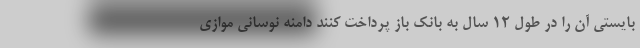
بایستی آن را در طول ۱۲ سال به بانک باز پرداخت کنند دامنه نوسانی موازی